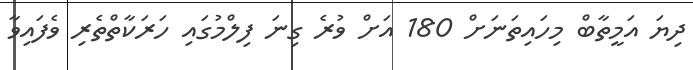
ދިޔަ އަމީތާބް މިހައިތަނަށް 180 އަށް ވުރެ ގިނަ ފިލްމުގައި ހަރަކާތްތެރި ވެފައިވާ